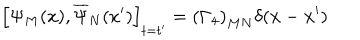
\left[ \Psi _ { M } ( x ) , \overline { { { \Psi } } } _ { N } ( x ^ { \prime } ) \right] _ { t = t ^ { \prime } } = \left( \Gamma _ { 4 } \right) _ { M N } \delta ( \mathbf { x } - \mathbf { x } ^ { \prime } )